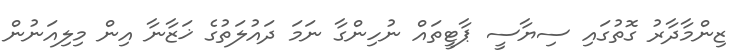
ޒިންމާދާރު ގޮތުގައި ސިޔާސީ ޕާޓީތައް ނުހިންގާ ނަމަ ދައުލަތުގެ ޚަޒާނާ އިން މިލިއަނުން